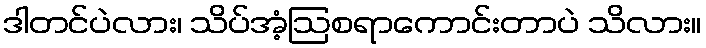
ဒါတင်ပဲလား၊ သိပ်အံ့ဩစရာကောင်းတာပဲ သိလား။